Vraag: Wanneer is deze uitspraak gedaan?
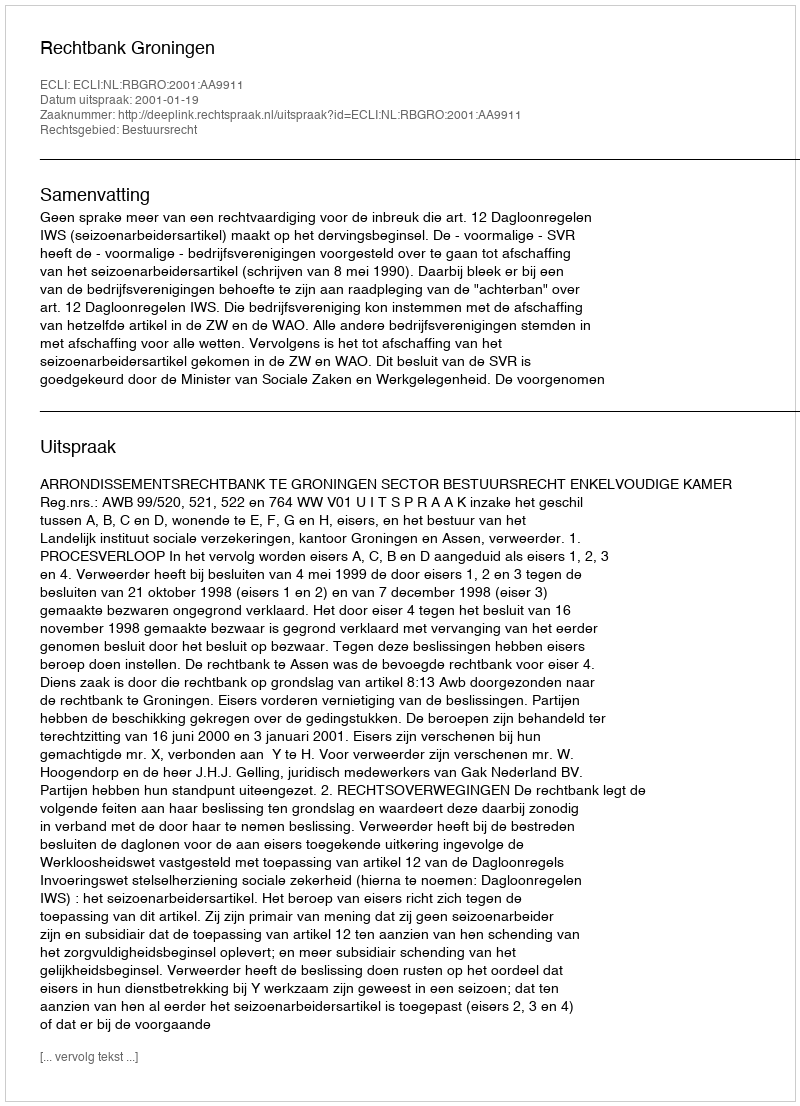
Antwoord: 2001-01-19